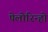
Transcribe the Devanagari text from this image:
पेलोरिन्हो